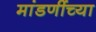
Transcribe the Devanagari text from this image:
मांडणींच्या